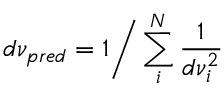
d \nu _ { p r e d } = 1 \bigg / \sum _ { i } ^ { N } { \frac { 1 } { d \nu _ { i } ^ { 2 } } }